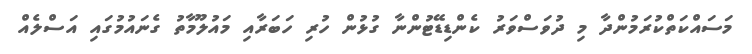
މަސައްކަތްކުރަމުންދާ މި ދުވަސްވަރު ކެންޑިޑޭޓުންނާ ގުޅުން ހުރި ހަބަރާއި މައުލޫމާތު ގެނައުމުގައި އަސްލެއް